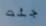
جئت